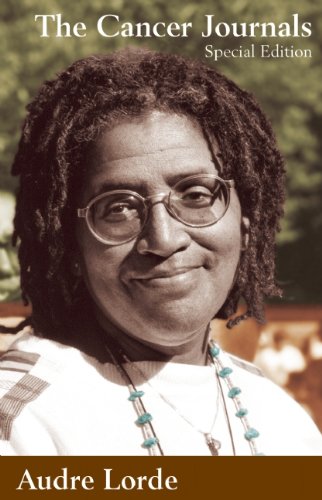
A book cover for The Cancer Journals: Special Edition; Audre Lorde; Biographies & Memoirs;